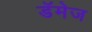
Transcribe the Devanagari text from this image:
डॅमेज